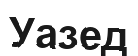
Уазед